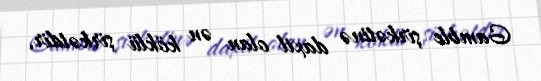
Gamble şirkətinə daxil olan ən köklü şirkətdir.